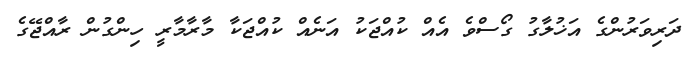
ދަރިވަރުންގެ އަޚުލާގު ގޯސްވެ އެއް ކުއްޖަކު އަނެއް ކުއްޖަކާ މާރާމާރީ ހިންގުން ރާއްޖޭގެ